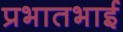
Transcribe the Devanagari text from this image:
प्रभातभाई